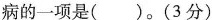
病的一项是()。(3分)